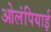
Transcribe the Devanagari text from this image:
ओलंपियाई